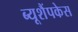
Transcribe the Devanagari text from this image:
ब्यूशैंपकेस